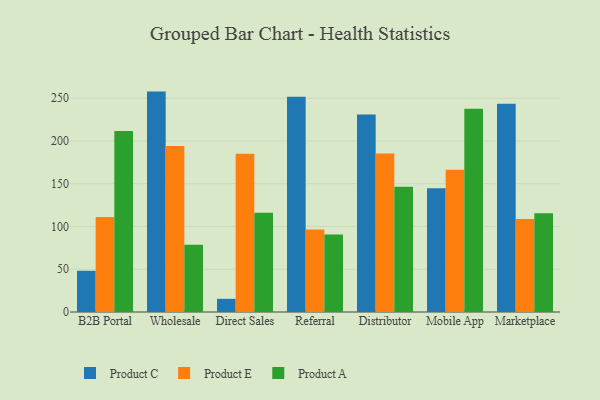
{"axis": {"x": "Channel", "y": "Website Visitors"}, "legend": ["Product A", "Product C", "Product E"], "data": [{"x": "B2B Portal", "y": 48.2, "type": "Product C"}, {"x": "B2B Portal", "y": 111.2, "type": "Product E"}, {"x": "B2B Portal", "y": 211.6, "type": "Product A"}, {"x": "Wholesale", "y": 257.7, "type": "Product C"}, {"x": "Wholesale", "y": 194.2, "type": "Product E"}, {"x": "Wholesale", "y": 78.7, "type": "Product A"}, {"x": "Direct Sales", "y": 15.4, "type": "Product C"}, {"x": "Direct Sales", "y": 184.9, "type": "Product E"}, {"x": "Direct Sales", "y": 116.0, "type": "Product A"}, {"x": "Referral", "y": 251.7, "type": "Product C"}, {"x": "Referral", "y": 96.4, "type": "Product E"}, {"x": "Referral", "y": 90.5, "type": "Product A"}, {"x": "Distributor", "y": 231.0, "type": "Product C"}, {"x": "Distributor", "y": 185.2, "type": "Product E"}, {"x": "Distributor", "y": 146.4, "type": "Product A"}, {"x": "Mobile App", "y": 144.7, "type": "Product C"}, {"x": "Mobile App", "y": 166.4, "type": "Product E"}, {"x": "Mobile App", "y": 237.6, "type": "Product A"}, {"x": "Marketplace", "y": 243.4, "type": "Product C"}, {"x": "Marketplace", "y": 108.6, "type": "Product E"}, {"x": "Marketplace", "y": 115.4, "type": "Product A"}]}